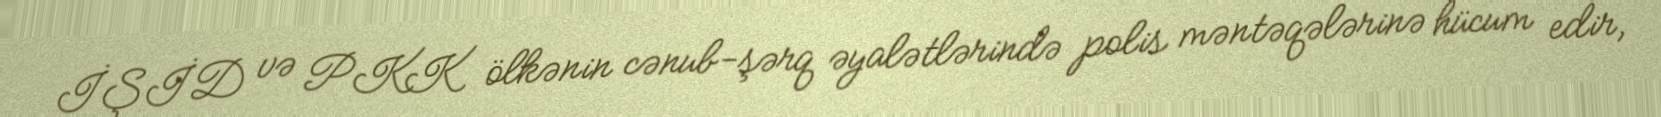
İŞİD və PKK ölkənin cənub-şərq əyalətlərində polis məntəqələrinə hücum edir,